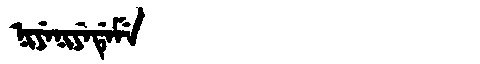
Manchu: ᠨᡳᠶᡝᠨᡳᠶᡝᡩᡝᠮᡝ
Romanization: NIYENIYEDEME